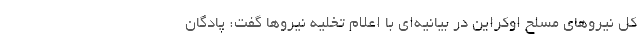
کل نیروهای مسلح اوکراین در بیانیه‌ای با اعلام تخلیه نیروها گفت: پادگان